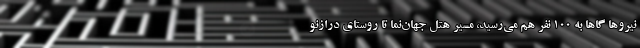
نیروها گاها به ۱۰۰ نفر هم می‌رسید، مسیر هتل جهان‌نما تا روستای درازنو